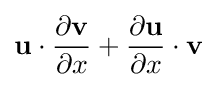
\mathbf {u} \cdot {\frac {\partial \mathbf {v} }{\partial x}}+{\frac {\partial \mathbf {u} }{\partial x}}\cdot \mathbf {v}